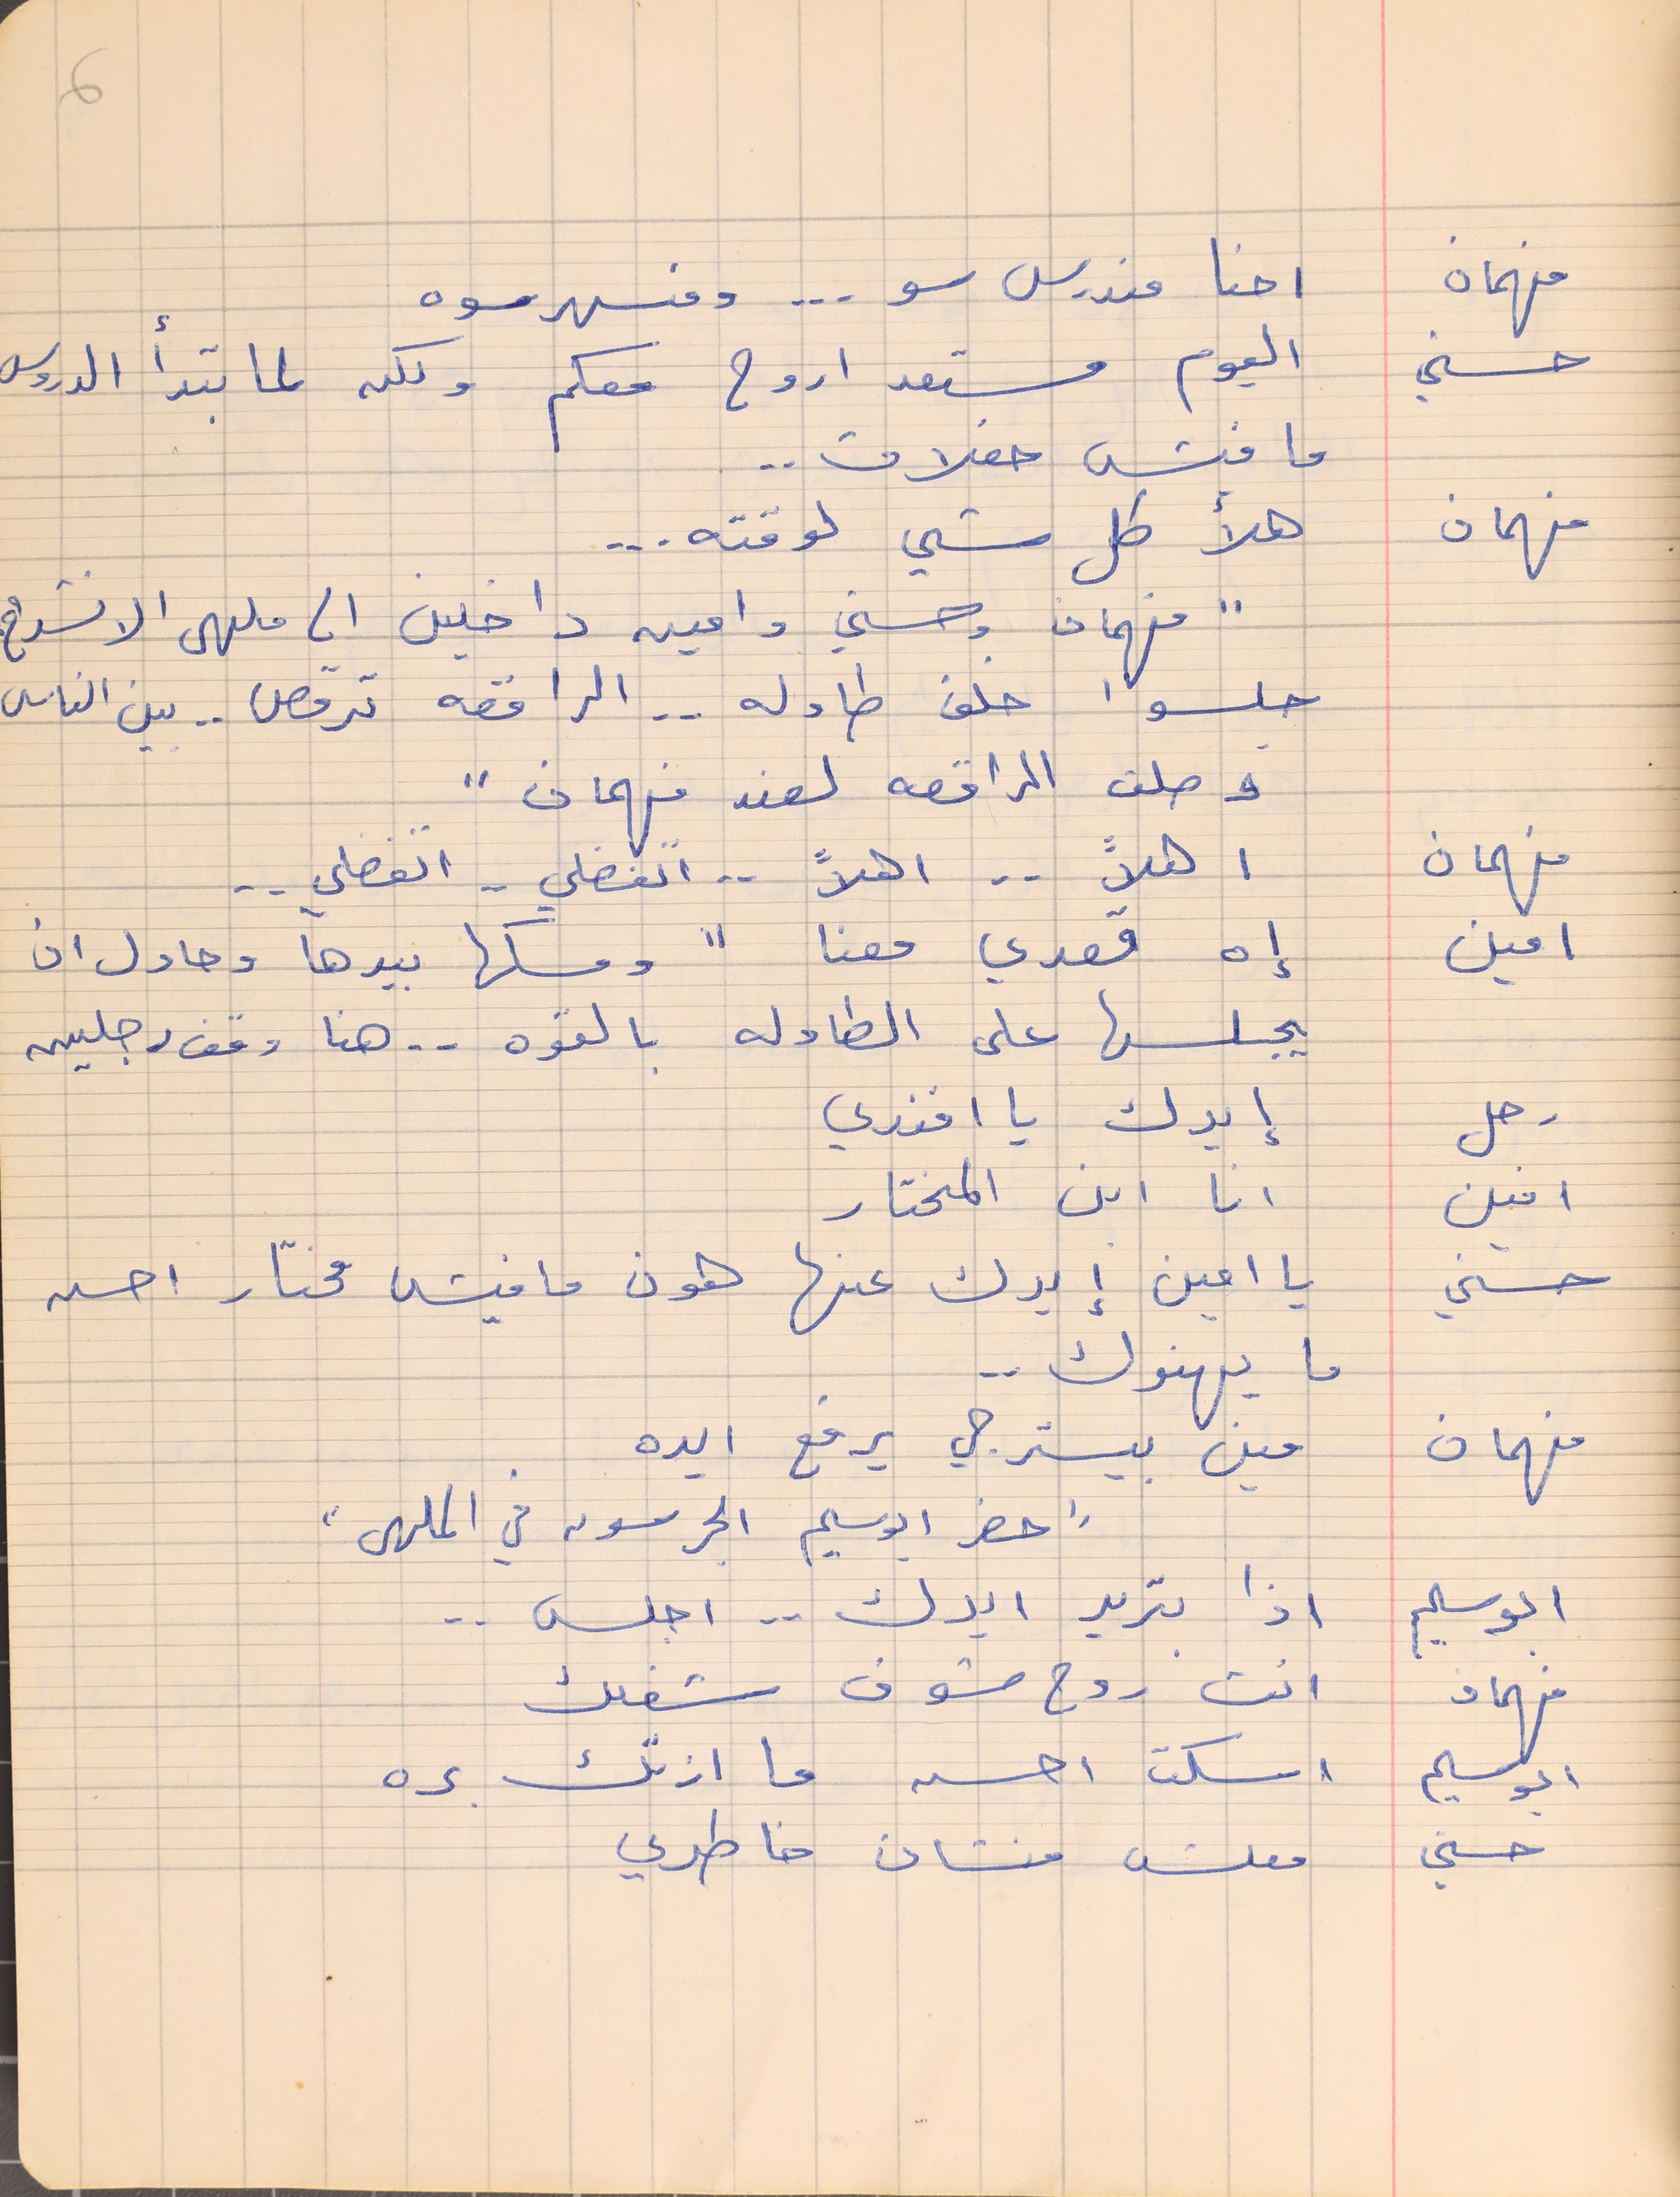
فهمان    احنا مندرس سو  . . . ومنسهر سوه
حسني     اليوم مستعد اروح معكم ولكن لما تبدأ الدروس
فهمان     هلأ كل شي لوقته . . .
" فهمان وحسني وامين داخلين الى ملهى الانشراح
جلسوا خلف طاوله الراقصه ترقص . . بين الناس
وصلت الراقصه لعند فهمان "
فهمان      اهلاً . . اهلاً . . اتفضلي  . . اتفضلي  . .
امين     إه قعدي معنا "ومسكها بيدها وحاول ان
يجلسها على الطاوله بالقوه  . . هنا وقف رجلين
رجل    إيدك يا افندي
امين      انا ابن المختار
حسني     يا امين إيدك عنها هون ما فيش مختار أحسن
فهمان     مين بيسترجي يرفع  ايده
"حضر ابوسليم الجرسون في الملهى"
ابو سليم     اذا بتريد ايدك  . . اجلس . .
فهمان      انت روح شوف شغلك
ابو سليم    اسكت احسن ما ازتك بره
حسني     معلش منشان خاطري
6
ما فش حفلات  . .
ما يهنوك . .